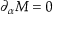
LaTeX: \partial _ { \alpha } { \cal M } = 0